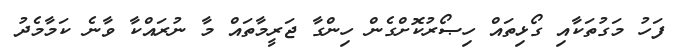
ފަހު މަގުތަކާއި ގޯޅިތައް ހިޞޯރުކޮށްގެން ހިންގާ ޖަރީމާތައް މާ ނުރައްކާ ވާނެ ކަމާމެދު